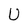
Character: U